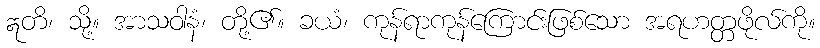
ဣတိ၊ သို့။ အာသဝါနံ၊ တို့၏။ ခယံ၊ ကုန်ရာကုန်ကြောင်းဖြစ်သော အရဟတ္တဖိုလ်ကို။